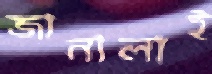
জানালাই